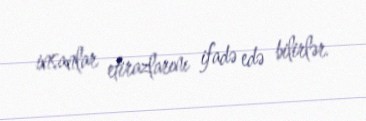
insanlar etirazlarını ifadə edə bilirlər.